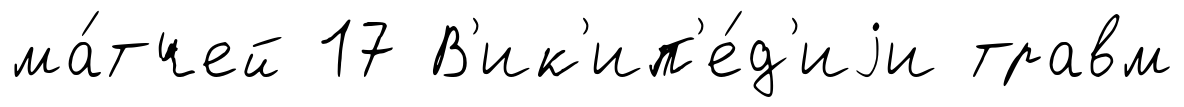
ма́тчей 17 В'ик'ип'е́д'иjи травм